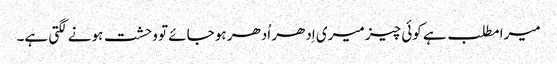
میرا مطلب ہے کوئی چیز میری اِدھر اُدھر ہو جائے تو وحشت ہونے لگتی ہے۔